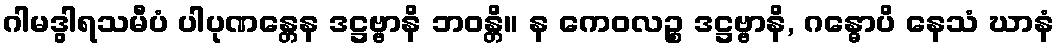
ဂါမဒွါရသမီပံ ပါပုဏန္တေန ဒဋ္ဌဗ္ဗာနိ ဘဝန္တိ။ န ကေဝလဉ္စ ဒဋ္ဌဗ္ဗာနိ, ဂန္ဓောပိ နေသံ ဃာနံ